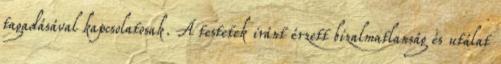
tagadásával kapcsolatosak. A testetek iránt érzett bizalmatlanság és utálat